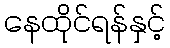
နေထိုင်ရန်နှင့်